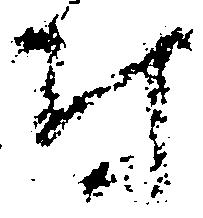
付